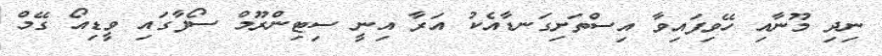
ނިދި މޫނާއި ހޭވިފައިވާ އިސްތަށިގަނޑާއެކު އަރާ އިނީ ސިޓިންރޫމް ސޯފާގައި ވީޑިއޯ ގޭމް